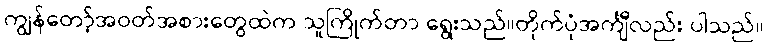
ကျွန်တော့်အဝတ်အစားတွေထဲက သူကြိုက်တာ ရွေးသည်။တိုက်ပုံအင်္ကျီလည်း ပါသည်။